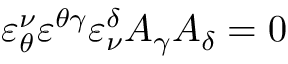
\varepsilon _ { \theta } ^ { \nu } \varepsilon ^ { \theta \gamma } \varepsilon _ { \nu } ^ { \delta } A _ { \gamma } A _ { \delta } = 0